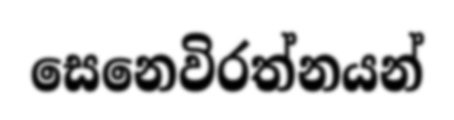
සෙනෙවිරත්නයන්